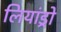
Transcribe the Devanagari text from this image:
लियांड्रो